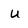
Character: u